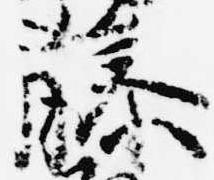
藤